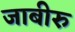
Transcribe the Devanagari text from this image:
जाबीरु